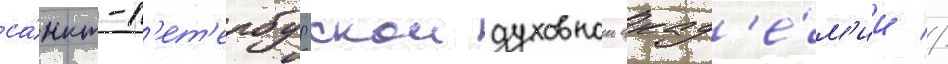
са́нкт-п'ет'ербургскои духовнои акад'е́м'ии //